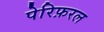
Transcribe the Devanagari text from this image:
पेरिफ़रल